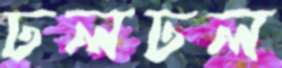
ঢলঢল